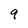
Character: 9